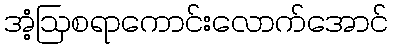
အံ့ဩစရာကောင်းလောက်အောင်